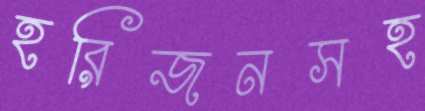
হরিজনসহ